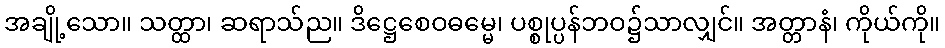
အချို့သော။ သတ္ထာ၊ ဆရာသ်ည။ ဒိဋ္ဌေစေဝဓမ္မေ၊ ပစ္စုပ္ပန်ဘဝ၌သာလျှင်။ အတ္တာနံ၊ ကိုယ်ကို။